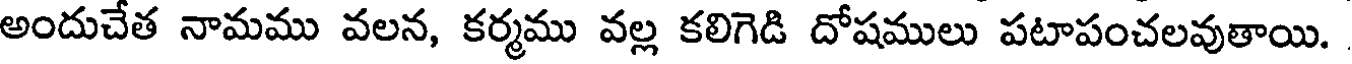
అందుచేత నామము వలన, కర్మము వల్ల కలిగెడి దోషములు పటాపంచలవుతాయి.